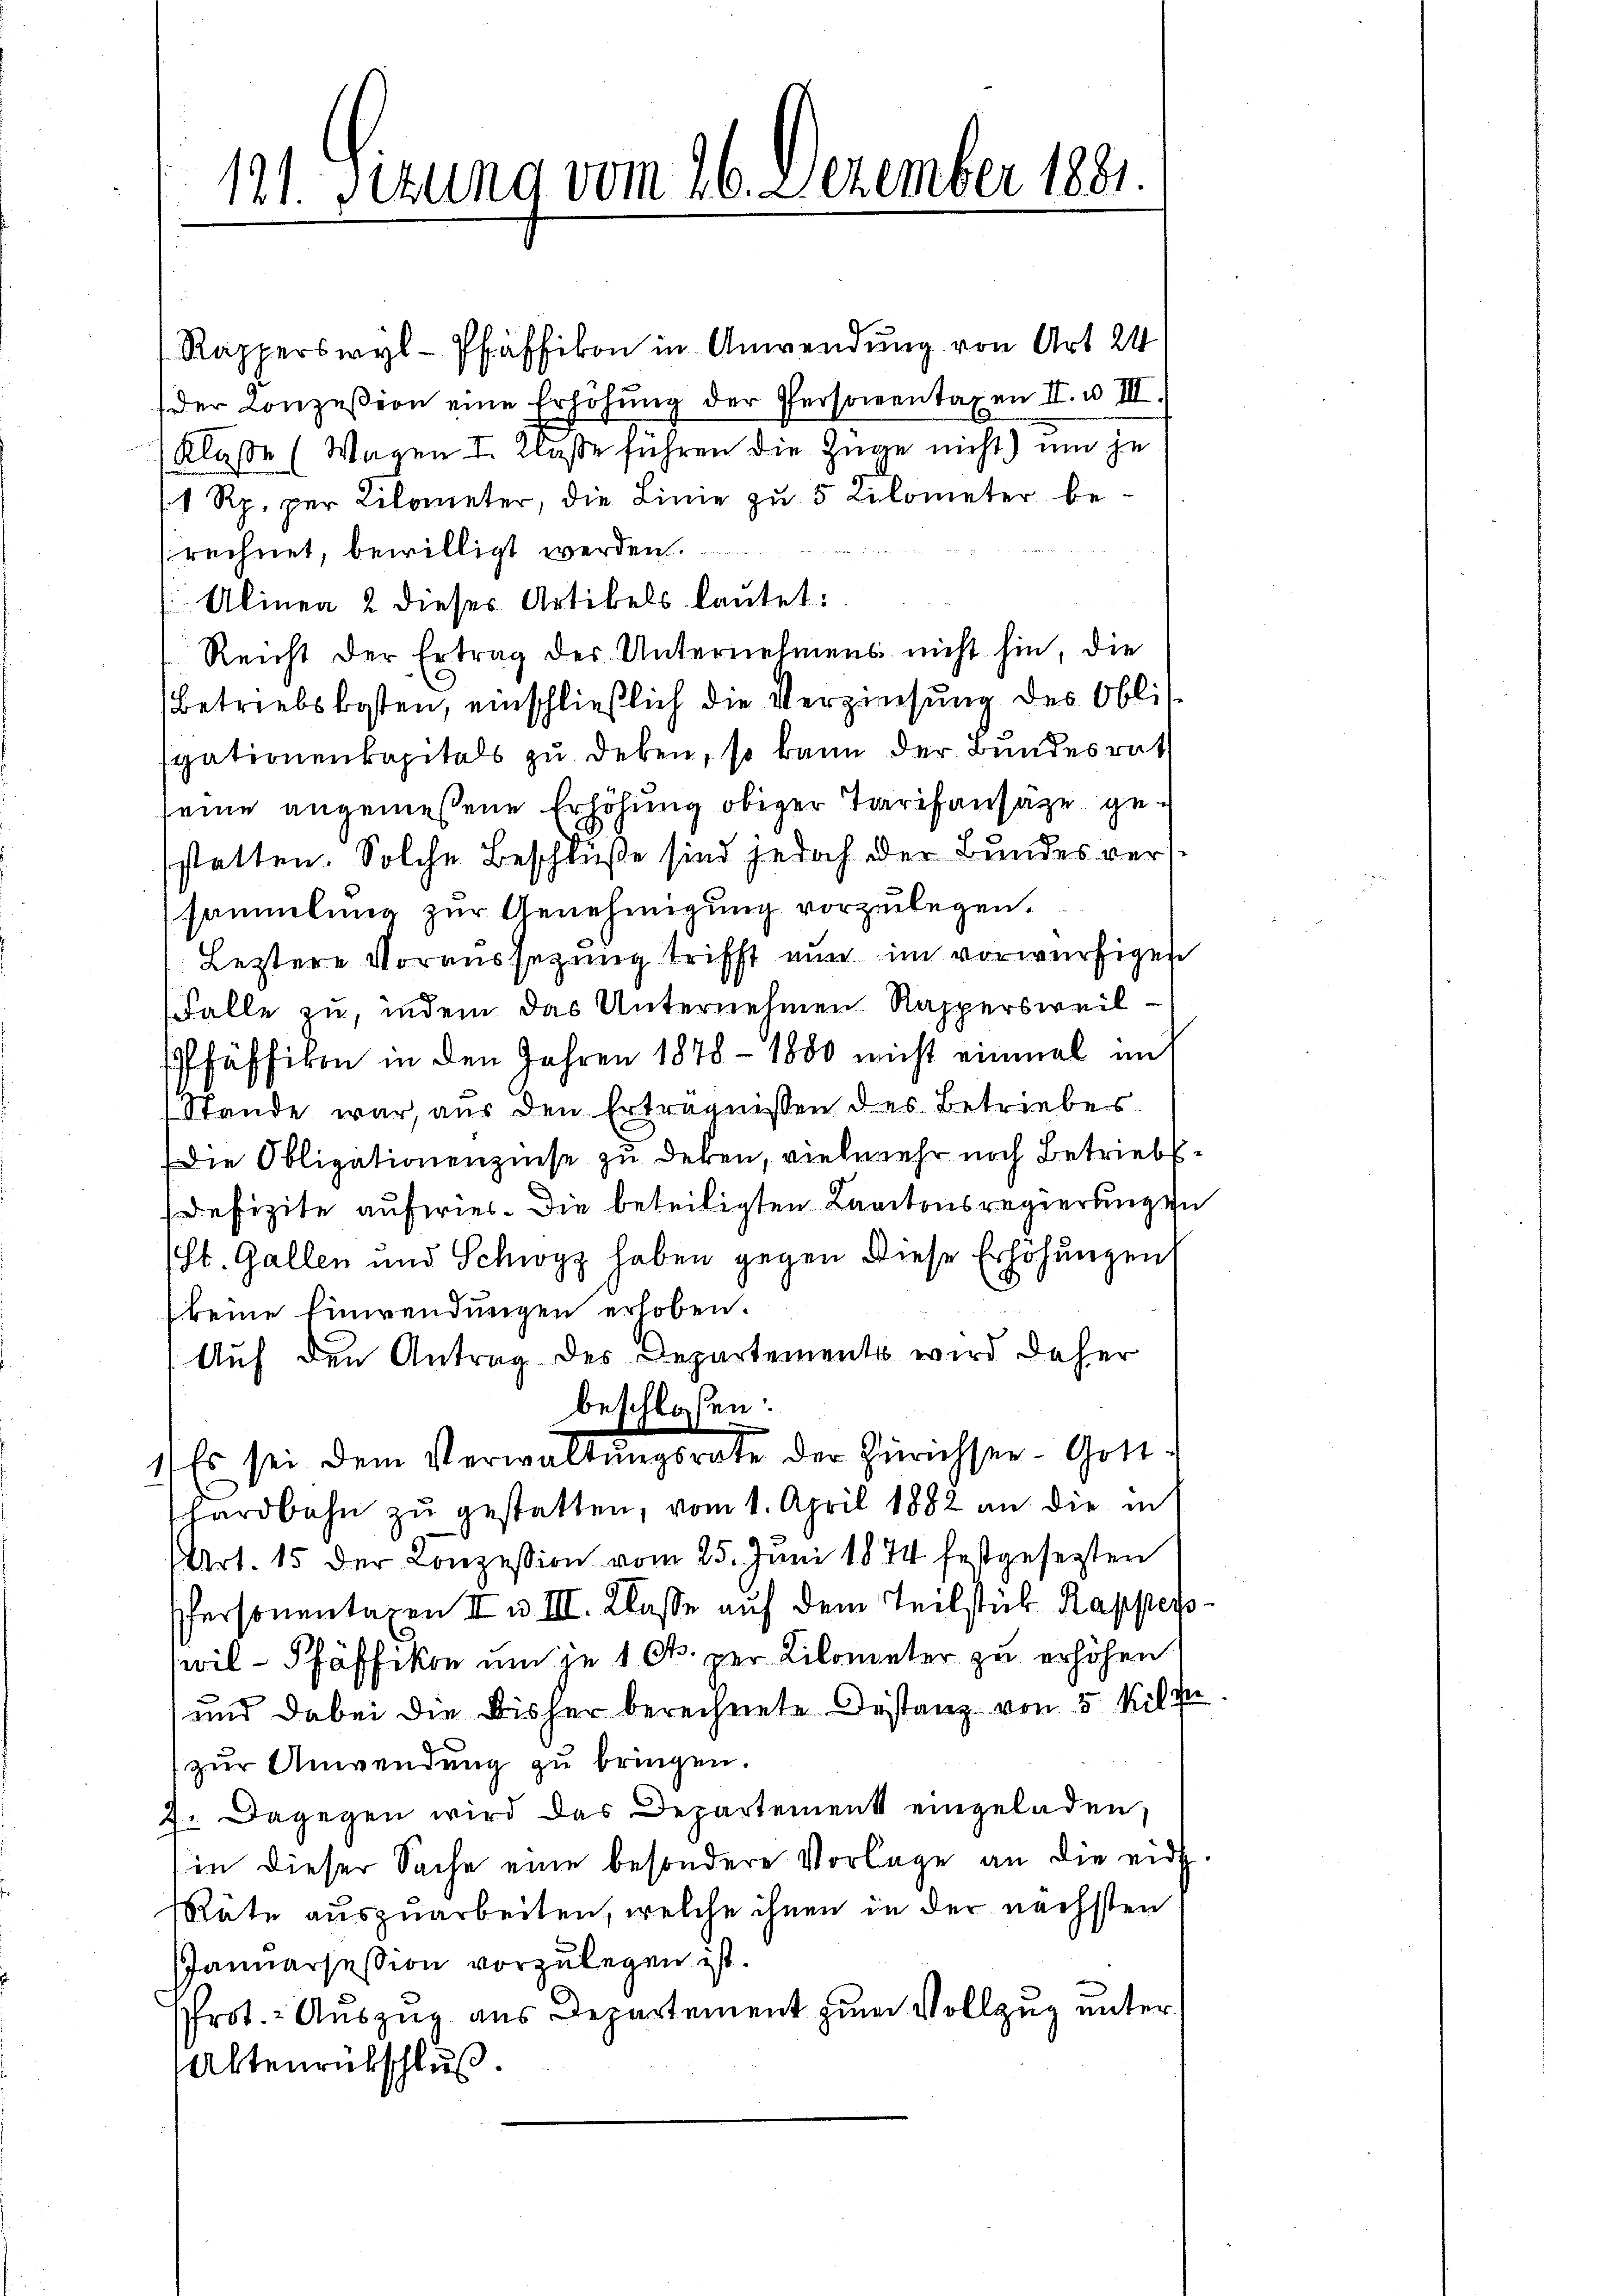
1.

121. Sitzung vom 26. Dezember 1881

Rapperswyl - Pfäffikon in Anwendung von Art 24
der Conzesion eine Erhöhŭng der Personentaxen II. u III.
Klasse (Wagen I. Klasse führen die Züge nicht) um je
1 Rp. per Kilometer, die Linie zu 5 Kilometer berechnet, bewilligt werden.
Alinea 2 dieses Artikels lautet:
Reicht der Ertrag der Unternehmens nicht hin, die
betriebskosten, einschließlich die Verziehung des Obli-
igationenkapitals zu deben, so kann der Bundesrat
seine angemessene Erhöhung obiger Tarifansäze gestatten. Solche Beschluße sind jedoch der Bundes versammlung zur Genehmigung vorzulegen.
Leztere Voraussetzung trifft nun im vorwürfigen
Falle zu, indem das Unternehmen Rappersweil
Pfäffikon in den Jahren 1878 - 1800 nicht einmal im
Stande war, aus den Erträgnissen des Betriebes
Die Obligationenzinse zu deken, vielmehr noch Betrieb
Defizite aufwies. Die beteiligten Kantonsregierungen
(St. Gallen und Schwyz haben gegen diese Erhöhungen
(keine Einwendungen erhoben.
Auf den Antrag des Departements wird daher
beschloßen:
Es sei dem Verwaltŭngsrate der Zürichser- Gott
hardbahn zŭ gestatten, vom 1. April 1882 an die in
Art. 15 der Konzession vom 25. Juni 1874 festgesezten
Personentaxen II u III. Klasse auf dem Teilstück Rapperspwil - Pfäffikon um je 1 Ct. per Kilometer zu erhöhen
und dabei die bisher berechnete Destanz von 5 Kilv.
zur Anwendung zu bringen.
2. Dagegen wird das Departement eingeladen,
(in dieser Sache eine besondere Vorlage an die eid
Räte auszuarbeiten, welche ihnen in der nächsten
Januarsession vorzulegen ist.
Prot. Auszug aus Departement zum Vollzug unter
Altenrückschluß